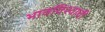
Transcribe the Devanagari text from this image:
भावविश्वाची